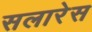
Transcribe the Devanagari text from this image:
सलारेस